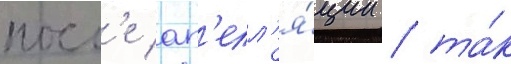
посл'е ап'елл'я́ции / та́к